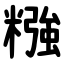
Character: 糨